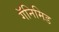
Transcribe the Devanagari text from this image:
गॅनिमिड